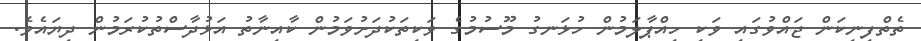
ތެތްފިނިކަން ޖައްވުގައި ވަކި ހިއްޕާލަމުން ހުޅަނގު މޫސުމުގެ ވަކިތަކުދަށުވަމުން ކާއިނާތު އަޅުދާސްތުކުރަމުން ދިޔައެވެ.